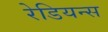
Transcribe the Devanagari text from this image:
रेडियन्स